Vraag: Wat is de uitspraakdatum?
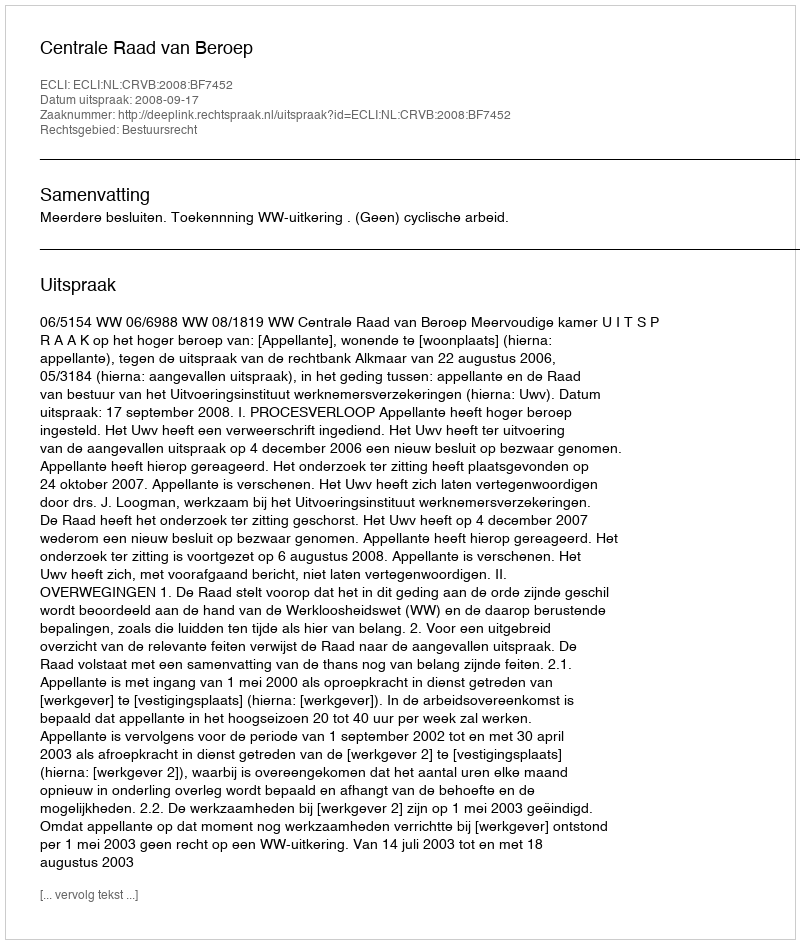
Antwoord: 2008-09-17